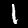
Label: 1